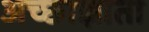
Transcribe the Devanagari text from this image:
अच्छाज्ञाता